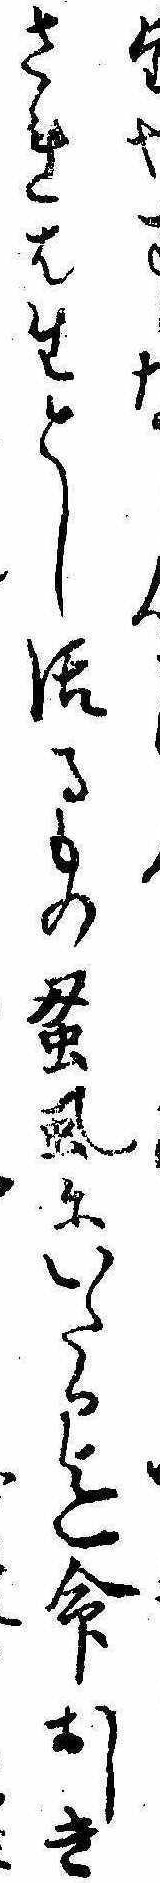
たされは生とし活るもの蚤虱にいたる迄命おしき